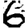
Digit: 6